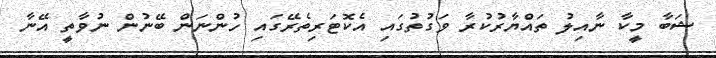
ޝަބާ މީކާ ނާއިލު ތައްޔާރުކުރާ ވަގުތުގައި އެކޮޓަރިތެރޭގައި ހުންނަން ބޭނުން ނުވާތީ އޭނާ